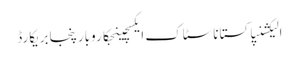
الیکشنپاکستاناسٹاک ایکسچینجکاروبارپنجابریکارڈ